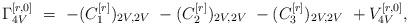
LaTeX: \begin{align*} \Gamma_{4V}^{[r,0]} \ = \ -(C_{1}^{[r]})_{2V,2V} \ -(C_{2}^{[r]})_{2V,2V} \ -(C_{3}^{[r]})_{2V,2V} \ +V_{4V}^{[r,0]},\end{align*}